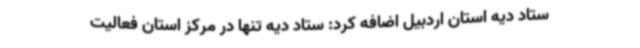
ستاد دیه استان اردبیل اضافه کرد: ستاد دیه تنها در مرکز استان فعالیت